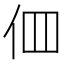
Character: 𠇻